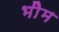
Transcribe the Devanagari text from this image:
भीेम